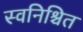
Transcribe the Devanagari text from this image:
स्वनिश्चित